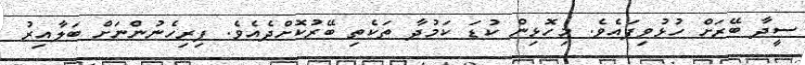
ސީދާ ބޭރަށް ހުޅުވިފައެވެ. މިހޮޅިން ކުޑަ ކަމުދާ ތަކެތި ބޭރުކޮށްދެއެވެ. ފިރިހެނުންނަށް ބަލާއިރު